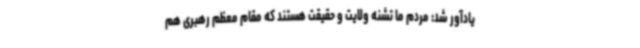
یادآور شد: مردم ما تشنه ولایت و حقیقت هستند که مقام معظم رهبری هم